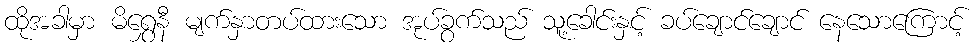
ထိုအခါမှာ မိရွှေနီ မျက်နှာတပ်ထားသော အုပ်ခွက်သည် သူ့ခေါင်းနှင့် ခပ်ချောင်ချောင် နေသောကြောင့်